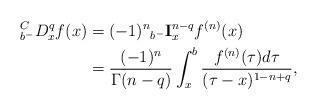
LaTeX: \begin{align*}_{b^{-}}^{C}D_{x}^{q}f(x) & =(-1)^{n}{}_{b^{-}}\mathbf{I}_{x}^{n-q}f^{(n)}(x)\\& =\frac{(-1)^{n}}{\Gamma(n-q)}\int_{x}^{b}\frac{f^{(n)}(\tau)d\tau}{(\tau-x)^{1-n+q}},\end{align*}